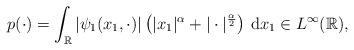
LaTeX: \begin{align*}p( \cdot ) & = \int_{\mathbb{R}} |\psi_1(x_1, \cdot )| \left(|x_1|^{\alpha} + | \cdot |^{\frac{\alpha}{2}}\right) \, \textrm{d}x_1 \in L^{\infty}(\mathbb{R}),\end{align*}